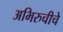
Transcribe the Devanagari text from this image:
अभिरुचीचे